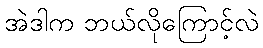
အဲဒါက ဘယ်လိုကြောင့်လဲ